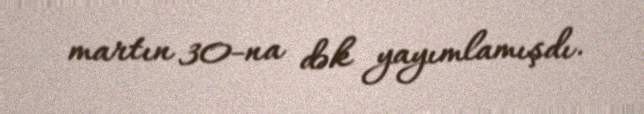
martın 30-na dək yayımlamışdı.